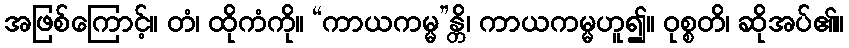
အဖြစ်ကြောင့်။ တံ၊ ထိုကံကို။ “ကာယကမ္မ”န္တိ၊ ကာယကမ္မဟူ၍။ ဝုစ္စတိ၊ ဆိုအပ်၏။